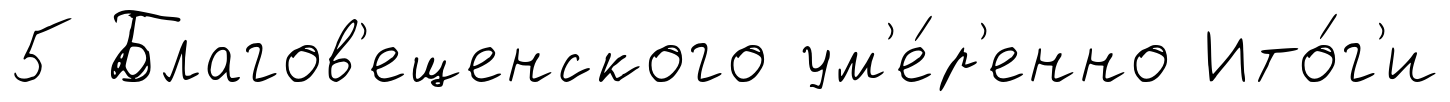
5 Благов'ещенского ум'е́р'енно Ито́г'и